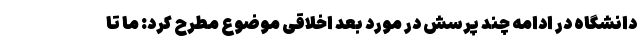
دانشگاه در ادامه چند پرسش در مورد بعد اخلاقی موضوع مطرح کرد: ما تا